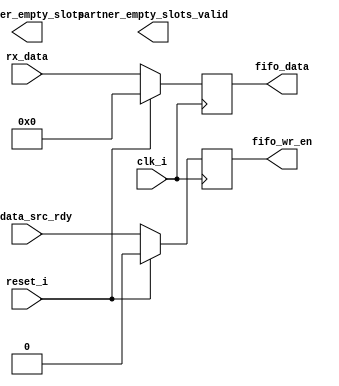
module Aurora_receiver	(
			 input clk_i,
			 input reset_i,
			 //
			 input [31:0] rx_data,
			 input rx_data_src_rdy,
			 //wr fifo interface
			 output reg [31:0] fifo_data,
			 output reg fifo_wr_en,
			 //ctrl words
			 output reg [17:0] partner_empty_slots,
			 output reg partner_empty_slots_valid		 
			);
always@(posedge clk_i) begin
	if(reset_i) begin
		fifo_data<=32'b0;
		fifo_wr_en<=1'b0;
	end else begin
		fifo_data<=rx_data;
		fifo_wr_en<=rx_data_src_rdy;
	end		
end

/*			
localparam IDLE=2'd0,
				PARSE=2'd1,
				RECEIVE_DATA=2'd2;		
			
reg [1:0] state;
reg [31:0] parse_data_reg;
wire ctrl_head_found;
wire data_head_found;
wire [17:0] packet_length;

reg [31:0] rx_data_reg;
reg rx_data_src_rdy_reg;

reg [17:0] packet_length_load;

always@(posedge clk_i) begin
	if(reset_i)
		state<=IDLE;
	else begin
		case(state)
			IDLE: begin
				if(rx_data_src_rdy) state<=PARSE;
				else state<=state;
			      end
			PARSE: 	begin
					if(ctrl_head_found) state<=IDLE;
					else if(data_head_found) begin
						if(packet_length>0) state<=RECEIVE_DATA;
						else state<=IDLE;
					end else
						state<=IDLE;					
				end
			RECEIVE_DATA: begin
					if(all_data_received) state<=IDLE;
					else state<=state;	
				      end
			default: state<=state;
		endcase
	end
end

always@(posedge clk_i) begin
	if(reset_i)
		parse_data_reg<=32'b0;
	else if(state==IDLE && rx_data_src_rdy==1'b1)
		parse_data_reg<=rx_data;
	else
		parse_data_reg<=parse_data_reg;
end

assign ctrl_head_found=(parse_data_reg[31:28]==`CTRL_HEAD)? 1'b1: 1'b0;
assign data_head_found=(parse_data_reg[31:28]==`DATA_HEAD)? 1'b1: 1'b0;
assign packet_length=parse_data_reg[17:0];

always@(posedge clk_i) begin
	if(reset_i) begin
		partner_empty_slots<=18'b0;
		partner_empty_slots_valid<=1'b0;	
	end else if(state==PARSE && ctrl_head_found==1'b1) begin
		partner_empty_slots<=parse_data_reg[17:0];
		partner_empty_slots_valid<=1'b1;	
	end else begin
		partner_empty_slots<=18'b0;
		partner_empty_slots_valid<=1'b0;
	end
end

always@(posedge clk_i) begin
	if(reset_i) begin
		rx_data_reg<=32'b0;
		rx_data_src_rdy_reg<=1'b0;
	end else begin
		rx_data_reg<=rx_data;
		rx_data_src_rdy_reg<=rx_data_src_rdy;
	end	
end

always@(posedge clk_i) begin
	if(reset_i)
		packet_length_load<=18'b0;
	else if(state==PARSE)
		packet_length_load<=packet_length;
	else if(state==RECEIVE_DATA && rx_data_src_rdy_reg==1'b1)
		packet_length_load<=packet_length_load-1'b1;
	else
		packet_length_load<=packet_length_load;	
end

assign all_data_received=(state==RECEIVE_DATA && packet_length_load==18'd1 && rx_data_src_rdy_reg==1'b1)? 1'b1:1'b0;

always@(posedge clk_i) begin
	if(reset_i) begin
		fifo_data<=32'b0;
		fifo_wr_en<=1'b0;
	end else if(state==RECEIVE_DATA) begin
		fifo_data<=rx_data_reg;
		fifo_wr_en<=rx_data_src_rdy_reg;		
	end else begin
		fifo_data<=32'b0;
		fifo_wr_en<=1'b0;
	end
end

*/
endmodule